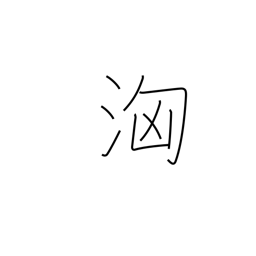
Meaning: surge